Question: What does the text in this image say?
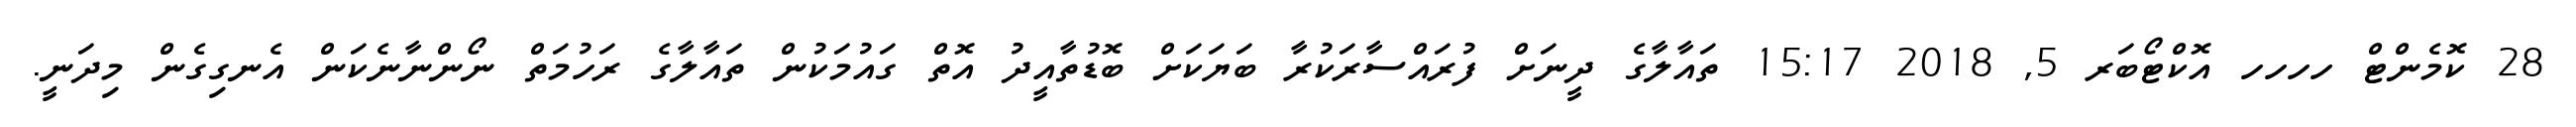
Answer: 28 ކޮމެންޓް ހހހހ އޮކްޓޯބަރ 5, 2018 15:17 ތައާލާގެ ދީނަށް ފުރައްސާރަކުރާ ބަޔަކަށް ބޮޑުތާއީދު އޮތް ގައުމަކުން ތައާލާގެ ރަހުމަތް ނޯންނާނެކަން އެނގިގެން މިދަނީ.